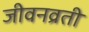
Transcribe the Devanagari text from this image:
जीवनव्रती